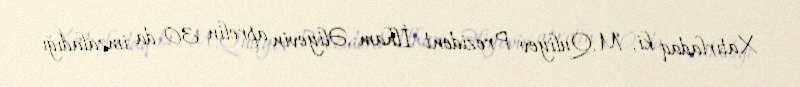
Xatırladaq ki, M.Quliyev Prezident İlham Əliyevin aprelin 30-da imzaladığı